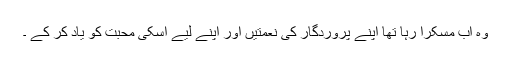
وہ اب مسکرا رہا تھا اپنے پروردگار کی نعمتیں اور اپنے لیے اسکی محبت کو یاد کر کے ۔